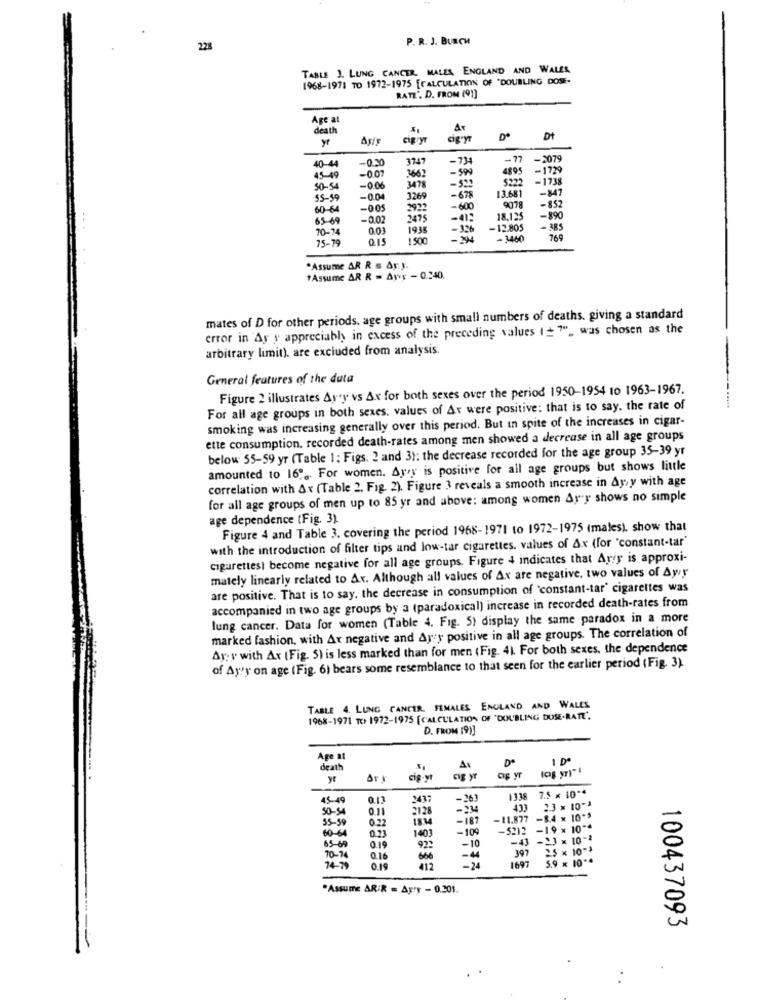
P. R. J. BURCH
228
TABLE 3. LUNG CANCER. MALES, ENGLAND AND WALES
1968-1971 TO 1972-1975 [CALCULATION OF "DOUBLING DOSE-
RATZ'. D. FROM (91]
Age at
death
Ar
y
Asir
CIRryT
cigsyr
Dt
-0.30
3747
-74
- 17
-2079
40-44
-0.07
-599
4895
-1729
45-49
3662
5222
-1738
50-5
-0.06
3478
-678
-847
55-99
-0.04
3260
9078
-852
60-64
-005
2922
-600
65-69
-0.02
2475
-41;
18,125
-890
70-74
0.03
1935
-326
-12.805
385
75-79
0.15
1500
- >
-3460
769
*Assume AR R s As.3.
#Assume AR R = Ayr - 0.240.
mates of D for other periods. age groups with small numbers of deaths. giving a standard
error in Ay y appreciably in excess of the preceding values (+"", was chosen as the
arbitrary limit). are excluded from analysis.
General features of the data
Figure 2 illustrates Ay'y vs Ax for both sexes over the period 1950-1954 to 1963-1967.
For all age groups in both sexes. values of Ar were positive: that is to say. the rate of
smoking was increasing generally over this period. But in spite of the increases in cigar-
ette consumption. recorded death-rates among men showed a decrease in all age groups
below 55-59 yr (Table 1; Figs. 2 and 3): the decrease recorded for the age group 35-39 yr
amounted to 16, For women. Arry is positive for all age groups but shows little
correlation with Ax (Table 2. Fig. 2). Figure 3 reveals a smooth increase in Ay,y with age
for all age groups of men up to 85 yr and above: among women Ary shows no simple
age dependence (Fig. 3)
Figure 4 and Table 3. covering the period 1968-1971 to 1972-1975 (males), show that
with the introduction of filter tips and low-tar cigarettes. values of Ax (for "constant-tar'
cigarettes) become negative for all age groups. Figure 4 indicates that Arey is approxi-
mately linearly related to Av. Although all values of Ax are negative, two values of Ayry
are positive. That is to say, the decrease in consumption of 'constant-tar' cigarettes was
accompanied in two age groups by a (paradoxical) increase in recorded death-rates from
lung cancer. Data for women (Table 4. Fig. 5) display the same paradox in a more
marked fashion, with Ax negative and Ayyy positive in all age groups. The correlation of
Ar:y with Ax (Fig. 5) is less marked than for men (Fig. 4) For both sexes, the dependence
of Ay'y on age (Fig. 6) bears some resemblance to that seen for the earlier period (Fig. 3).
TABLE 4. LUNG CANCER. FEMALES ENGLAND AND WALES
1968-1971 TO 1972-1975 [CALCULATION OF "DOUBLING DUSE-RATE".
D. FROM (9)]
Age at
Ax
De
1 D
deat
ye
Art
Gig-VI
cig yr
ag yr
7.5 x 10 **
15-19
0.13
2437
-261
1138
50-54
0.11
2128
-234
2.3 = 10-3
55-59
0.22
1814
-187
-11.877
-8.4 x 10->
60-6
0.23
1403
-109
-5212
-1.9 x 10 **
65-6
92
-10
-41
-23 x 10-2
0.19
397
2.5 x 10-3
70-74
0.16
666
-4
1697
5.9 x 10 **
74-79
0.19
412
.Assume AR/R = Ar'y - 0.201.
100437093